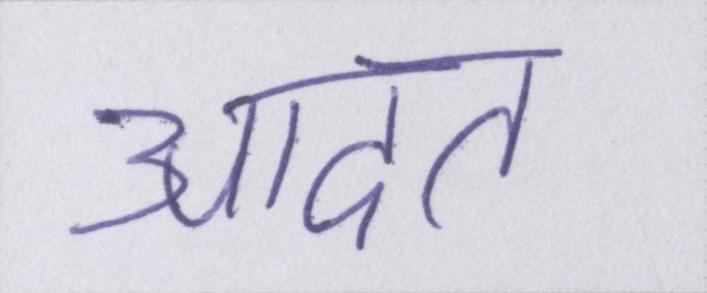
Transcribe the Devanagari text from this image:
आदत